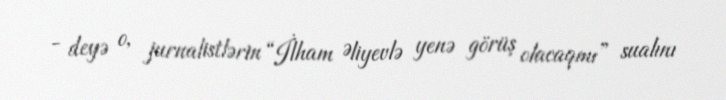
- deyə o, jurnalistlərin “İlham Əliyevlə yenə görüş olacaqmı” sualını